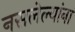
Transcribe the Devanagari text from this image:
नसलेल्यांना